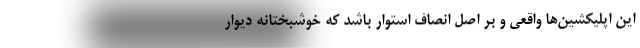
این اپلیکشین‌ها واقعی و بر اصل انصاف استوار باشد که خوشبختانه دیوار